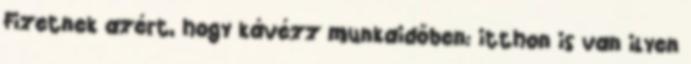
Fizetnek azért, hogy kávézz munkaidőben: itthon is van ilyen